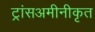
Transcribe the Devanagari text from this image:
ट्रांसअमीनीकृत